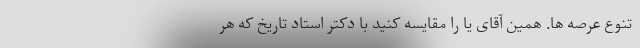
تنوع عرصه ها. همین آقای یا را مقایسه کنید با دکتر استاد تاریخ که هر